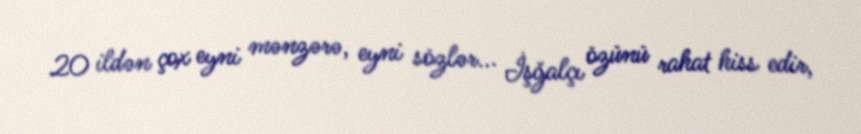
20 ildən çox eyni mənzərə, eyni sözlər... İşğalçı özünü rahat hiss edir,